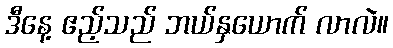
ဒီနေ့ ဧည့်သည် ဘယ်နှယောက် လာလဲ။